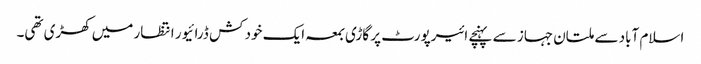
اسلام آباد سے ملتان جہاز سے پہنچے ائیرپورٹ پر گاڑی بمعہ ایک خود کش ڈرائیور انتظار میں کھڑی تھی۔